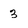
Character: 3